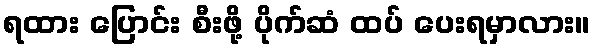
ရထား ပြောင်း စီးဖို့ ပိုက်ဆံ ထပ် ပေးရမှာလား။